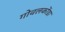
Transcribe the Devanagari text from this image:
गोवलकोंडा